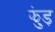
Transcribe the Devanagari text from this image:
झुंड़